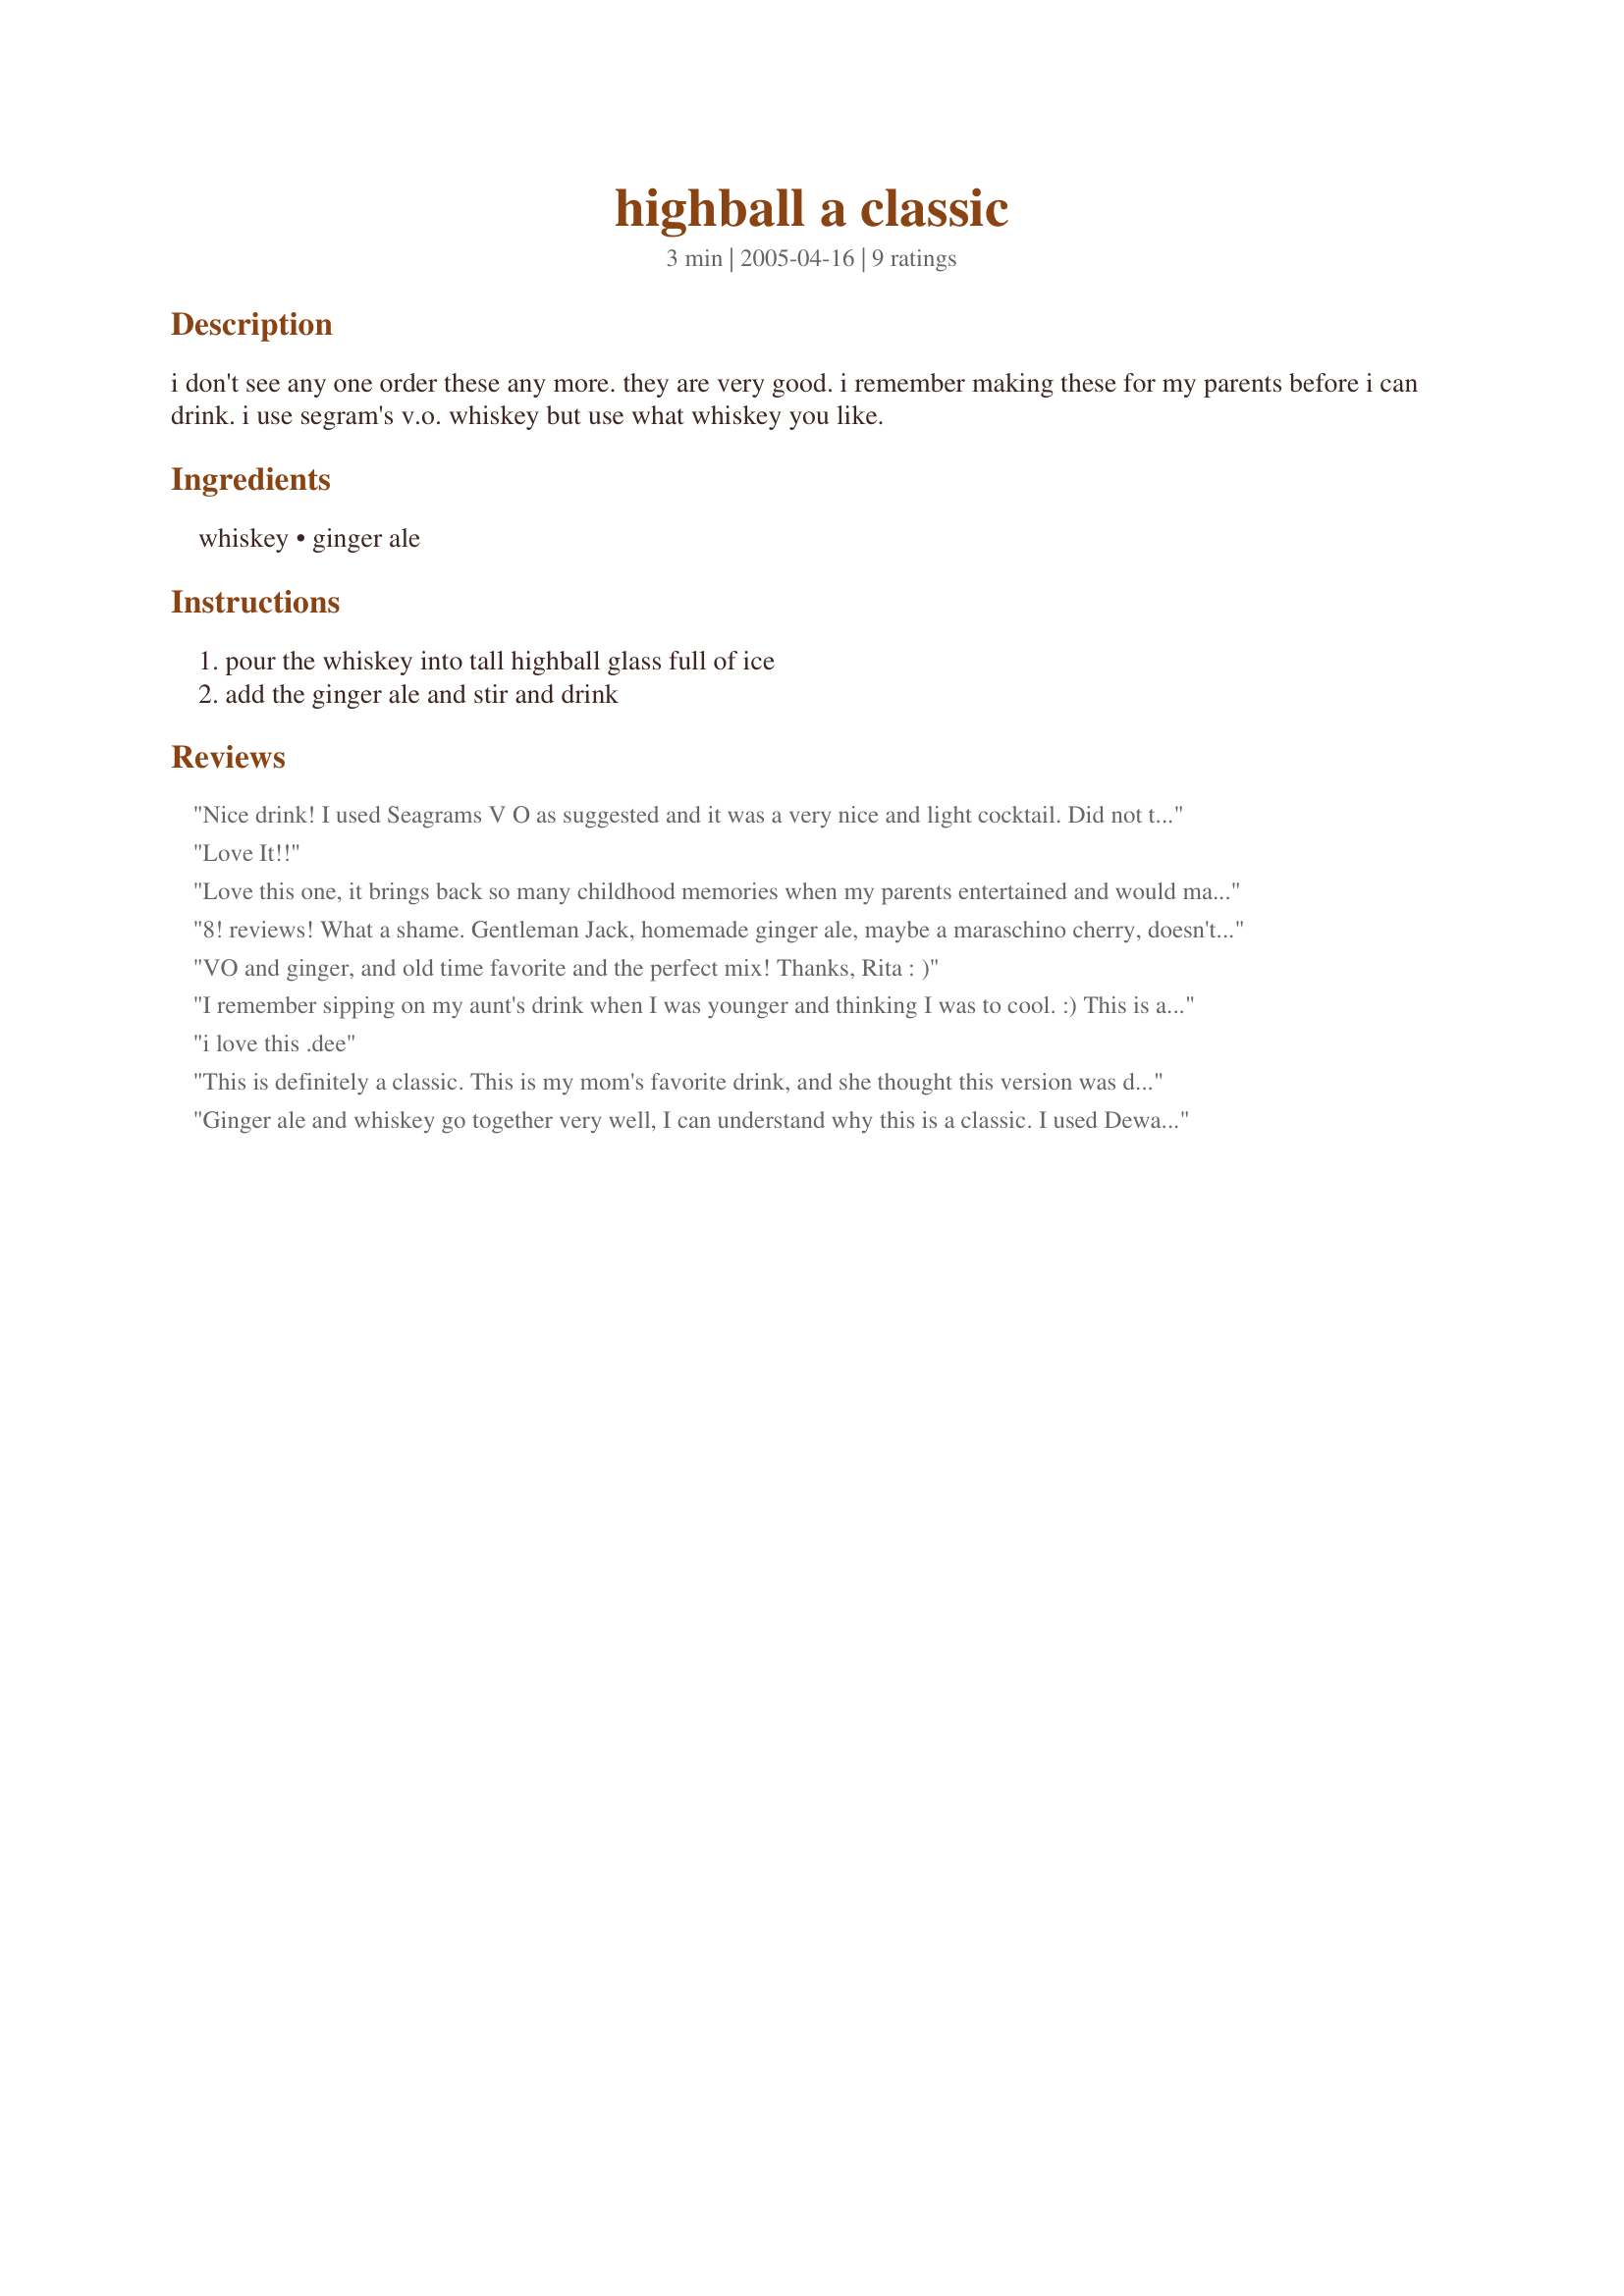
highball a classic
Preparation time: 3 minutes

i don't see any one order these any more. they are very good. i remember making these for my parents before i can drink. i use segram's v.o. whiskey but use what whiskey you like.

Ingredients:
whiskey, ginger ale

Steps:
pour the whiskey into tall highball glass full of ice, add the ginger ale and stir and drink

Reviews:
Nice drink! I used Seagrams V O as suggested and it was a very nice and light cocktail. Did not taste like alcohol at all. Dangerous! This was easy and tasty! Thanks Rita for another great drink! Cheers!
Love It!!
Love this one, it brings back so many childhood memories when my parents entertained and would make these for their guest and we kids would always sneak a sip, I recently was visiting a Canadian friend and low and behold she served this refreshing classic. Thanks for the post and the memories.
8! reviews! What a shame. Gentleman Jack, homemade ginger ale, maybe a maraschino cherry, doesn't get much better or simpler. Childhood memories here, as well, Dad was a part-time bartender, Mom rarely drank and either a Ginbuck or this was it for her.
VO and ginger, and old time favorite and the perfect mix! Thanks, Rita : )
I remember sipping on my aunt's drink when I was younger and thinking I was to cool. :) This is a very good drink for any occasion.
i love this .dee
This is definitely a classic. This is my mom's favorite drink, and she thought this version was delicious. I certainly enjoyed it, too!
Ginger ale and whiskey go together very well, I can understand why this is a classic. I used Dewar's and Canada Dry diet ginger ale. I have a story too. My great uncle used to serve highballs to my parents when we visited them in the city and the kids would get mocktails of ginger ale, marachino cherries and lemon/lime slices. It's much better with the whiskey in it:D
